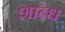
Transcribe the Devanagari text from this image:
शाब्ध